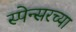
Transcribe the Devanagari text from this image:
स्पेन्सरच्या